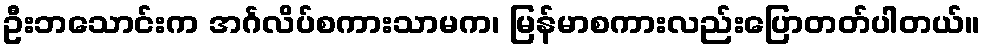
ဦးဘသောင်းက အင်္ဂလိပ်စကားသာမက၊ မြန်မာစကားလည်းပြောတတ်ပါတယ်။